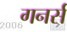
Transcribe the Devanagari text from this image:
गनर्स